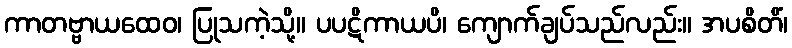
ကာတဗ္ဗာယထေဝ၊ ပြုသကဲ့သို့။ ပပဋိကာယပိ၊ ကျောက်ချပ်သည်လည်း။ အပစိတိံ၊